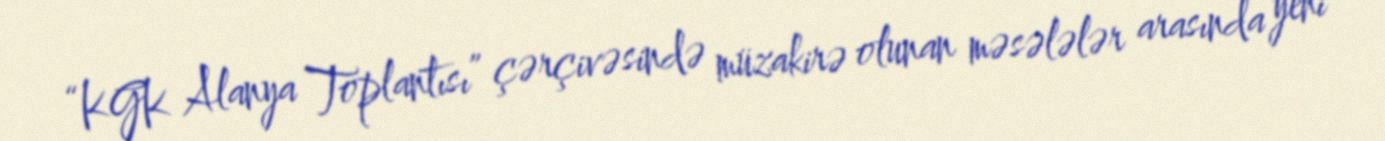
“KGK Alanya Toplantısı” çərçivəsində müzakirə olunan məsələlər arasında yeni